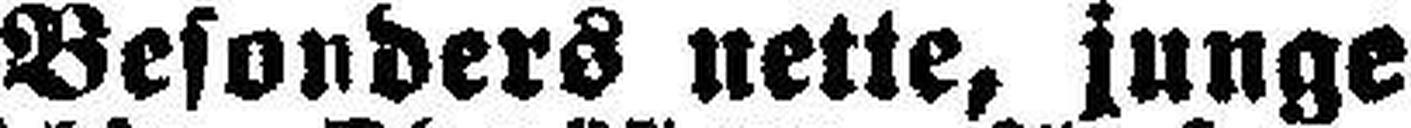
Besonders nette, junge